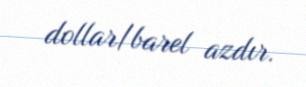
dollar/barel azdır.